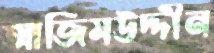
আজিমউদ্দীন